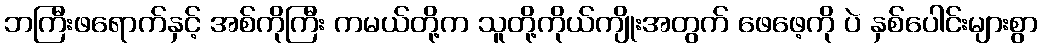
ဘကြီးဖရောက်နှင့် အစ်ကိုကြီး ကမယ်တို့က သူတို့ကိုယ်ကျိုးအတွက် ဖေဖေ့ကို ပဲ နှစ်ပေါင်းများစွာ